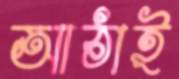
আঠাই